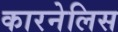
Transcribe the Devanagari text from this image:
कारनेलिस